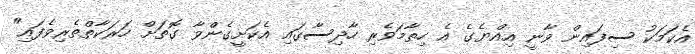
އެކަމަކު ސިފައިން ވާނީ އިއްޔެގެ އެ ހިތާމަވެރި ހާދިސާގައި އެކަށީގެންވާ ގޮތަށް ހަރަކާތްތެރިވެފައި"